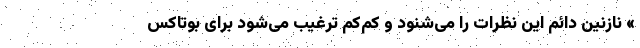
» نازنین دائم این نظرات را می‌شنود و کم‌کم ترغیب می‌شود برای بوتاکس